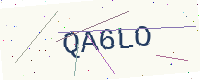
Text: QA6LO